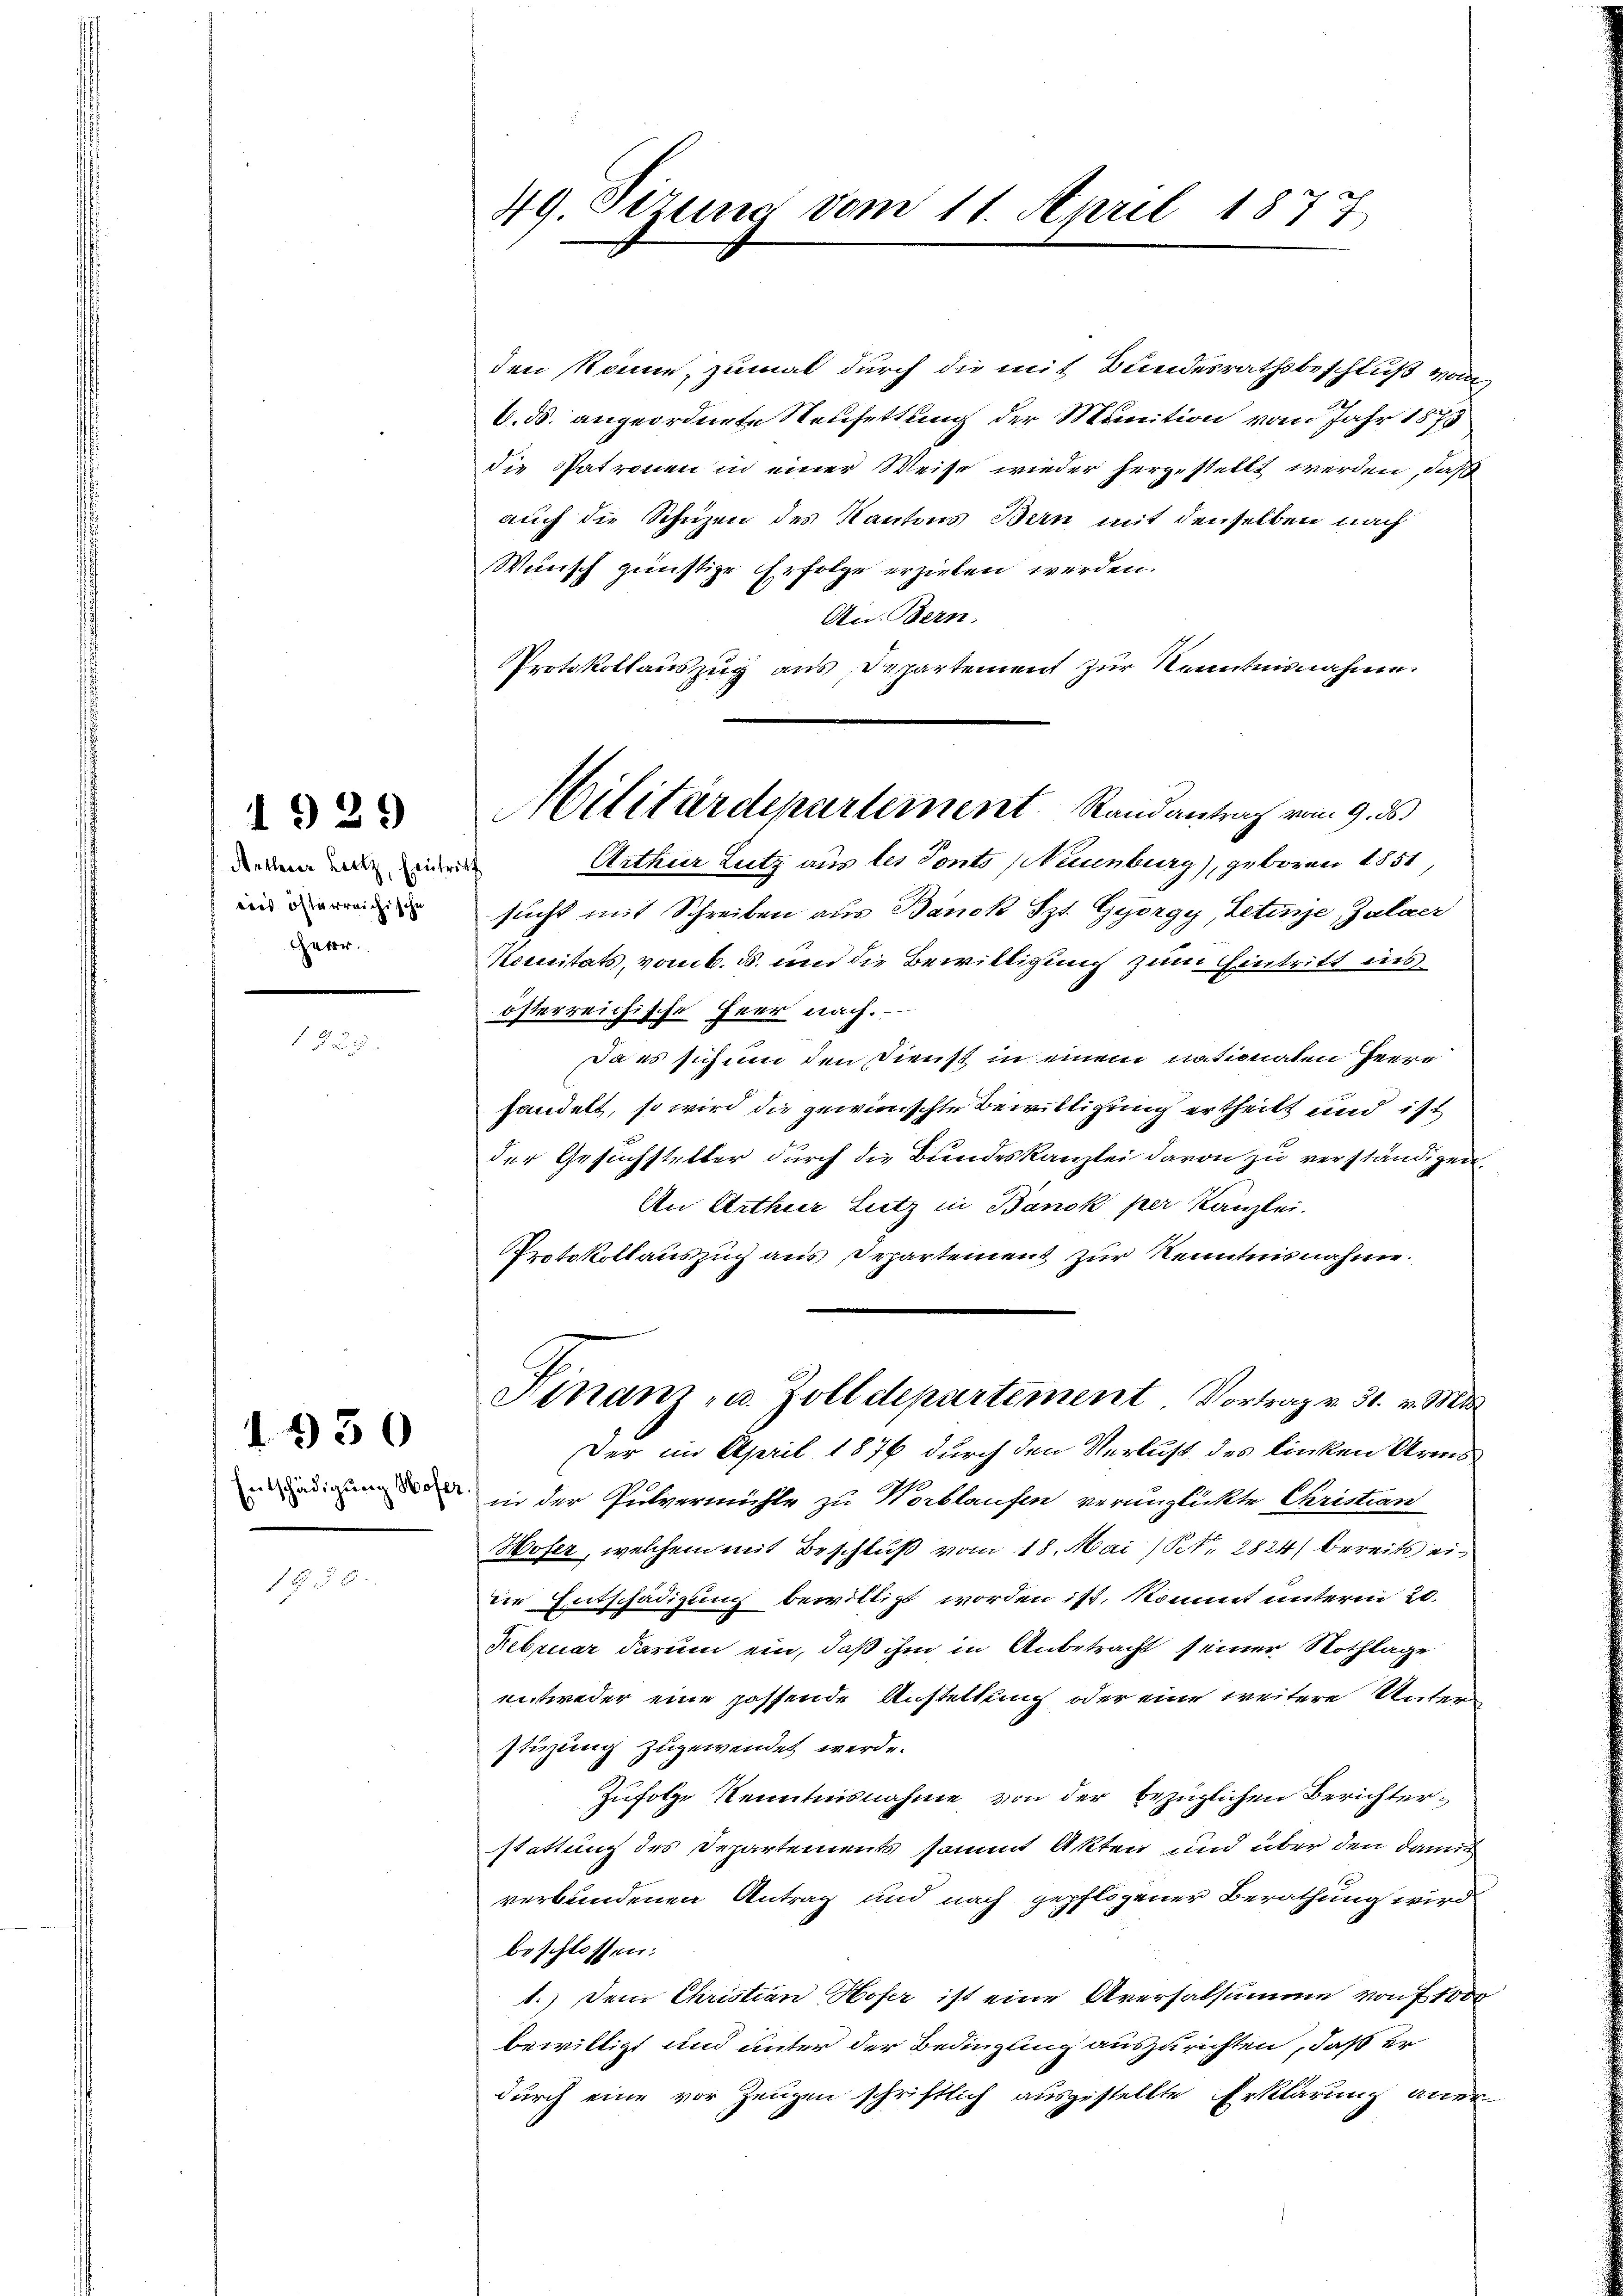
Artlerer Leckz, Eintritt
dees österreichische
Harr

1929

1950

3

49. Sezung vom 11. April 1877

den könne, zumal durch die mit Bundesrathsbeschluß von
6. ds. angeordnete Neufettung der Munition vom Jahr 1875
die Patronen in einer Weise wieder hergestellt werden, daß
auch die Schuzen des Kantons Bern mit denselben nach
Wunsch günstige Erfolge erzielen werden.
An: Bern.
Protokollauszug aus Departement zur Kenntnisnahme.
Arthur Lutz aus les Ponto (Neuenburg), geboren 1851,
sucht mit Schreiben aus Banck Sz. Gyorgy, Letije, Zalacz
Komitats, vom 6. ds. und die Bewilligung zum Eintritt ins
österreichische Heer nach.
Da es sich um den Dienst in einem nationalen Herre
handelt, so wird die gewünschte Bewilligung ertheilt und ist
der Gesuchsteller durch die Bundeskanzlei davon zu verständigen.
An Arthur Lutz in Banck per Kanzlei.
Protokollauszug aus Departement zur Kenntnisnahme.
C
Finanz- u. Zolldepartement Vortrag v. 31. v. Mts.
Der im April 1876 durch den Verlust des linken Arms
ubündigung der in der Pulvermühle zu Worblaufen verunglickte Christian
Hofer, welchem mit Beschluß vom 18. Mai (S. 2824) bereits eidie Entschädigung bewilligt worden ist, kommt unterm 20.
Februar darum ein, daß ihm in Anbetracht seiner Nothlage
entweder eine possende Anstellung oder eine weitere Unterstüzung zugewendet werde.
Zufolge Kenntnisnahme von der bezüglichen Berichterstattung des Departements sammt Akten und über den damit
verbundenen Antrag und nach gepflogener Berathung wird
beschlossen:
1.) Dem Christian Hofer ist eine Aversalsumme von 1000
bewilligt und unter der Bedingung auszurichten, daß er
durch eine vor Zeugen schriftlich ausgestellte Erklärung aner¬

Militärdepartement. Randantrag vom 9. ds.